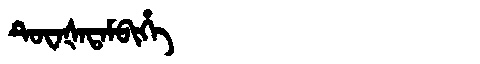
Manchu: ᡨᡠᠸᠠᡧᠠᡨᠠᠮᠪᡳᡥᡝ
Romanization: TUWAŠATAMBIHE